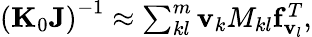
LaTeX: \begin{array}{r}{\left({\mathbf K}_{0}{\mathbf J}\right)^{-1}\approx\sum_{kl}^{m}{\mathbf v}_{k}{M_{kl}}{{\mathbf f}_{{\mathbf v}_{l}}^{T}},}\end{array}